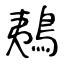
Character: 鴺